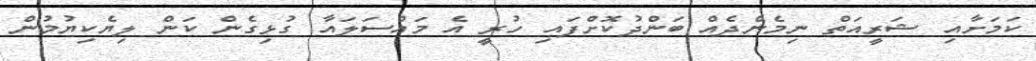
ކަމަށާއި ޝަރީއަތް ނިމެންދެއް ބަންދުކޮށްފައި ހުރީ އެ މައްސަލައާ ގުޅިގެން ކަން ލިޔެކިޔުމުން